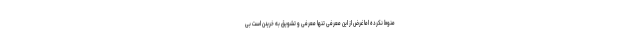
منوط نکرده اما غرض از این معرفی تنها معرفی و تشویق به خریدن است بی